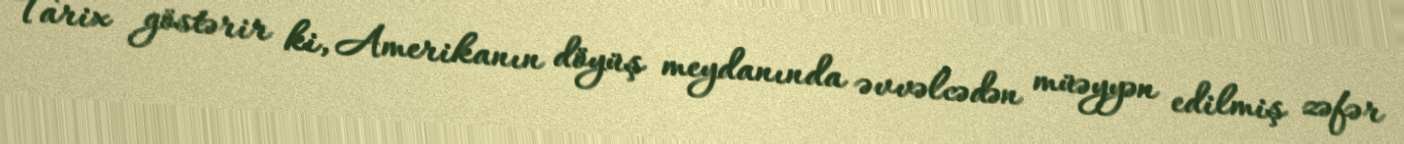
Tarix göstərir ki, Amerikanın döyüş meydanında əvvəlcədən müəyyən edilmiş zəfər